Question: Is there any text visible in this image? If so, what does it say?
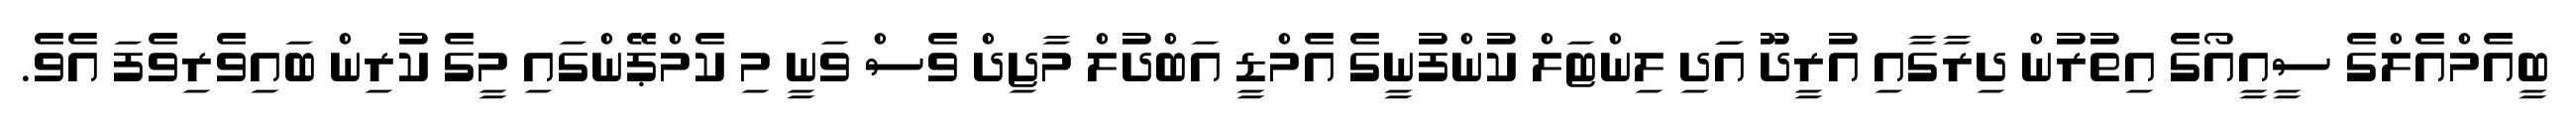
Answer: ބީއެމްއެލްގެ ސީއީއޯގެ އިތުރުން ދިރާގާއި އުރީދޫ އަަދި ލިންޓަލް ކުންފުނީގެ އެމްޑީ އަބްދުލް މާޖިދް ވެސް ވަނީ މި ކެމްޕޭންގައި މީގެ ކުރިން ބައިވެރިވެފަ އެވެ.